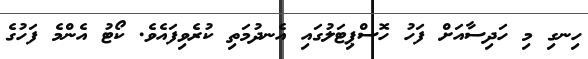
ހިނގި މި ހަދިސާއަށް ފަހު ހޮސްޕިޓަލުގައި އެނދުމަތި ކުރެވިފައެވެ. ކޯޓު އެންމެ ފަހުގެ